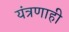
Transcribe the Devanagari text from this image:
यंत्रणाही